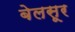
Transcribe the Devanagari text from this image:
बेलसूर